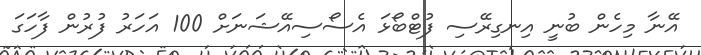
އޭނާ މިހެން ބުނީ އިނގިރޭސި ފުޓްބޯޅަ އެސޯސިއޭޝަނަށް 100 އަހަރު ފުރުން ފާހަގަ